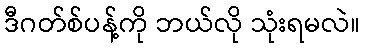
ဒီဂတ်စ်ပန့်ကို ဘယ်လို သုံးရမလဲ။